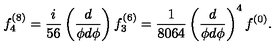
f _ { 4 } ^ { ( 8 ) } = \frac { i } { 5 6 } \left( \frac { d } { \phi d \phi } \right) f _ { 3 } ^ { ( 6 ) } = \frac { 1 } { 8 0 6 4 } \left( \frac { d } { \phi d \phi } \right) ^ { 4 } f ^ { ( 0 ) } .